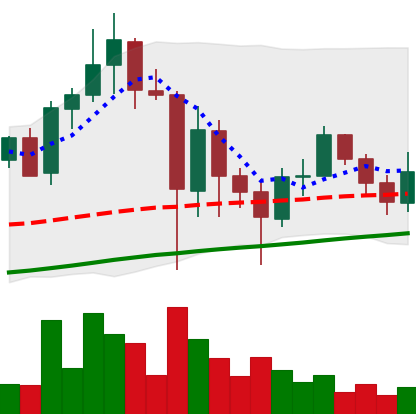
Ticker: ADA-USD
Chart end date: 2021-05-30
Forward return: 8.472%
Label: up_7plus